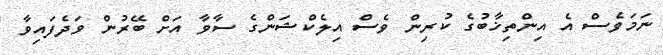
ނަމަވެސް އެ އިންތިޚާބުގެ ކުރިން ވެސް އިލެކްޝަންގެ ސާވާ އަށް ބޭރުން ވަދެފައިވާ